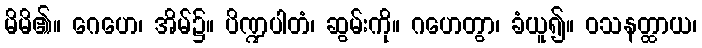
မိမိ၏။ ဂေဟေ၊ အိမ်၌။ ပိဏ္ဍပါတံ၊ ဆွမ်းကို။ ဂဟေတွာ၊ ခံယူ၍။ ဝသနတ္ထာယ၊